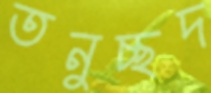
তনুচ্ছদ